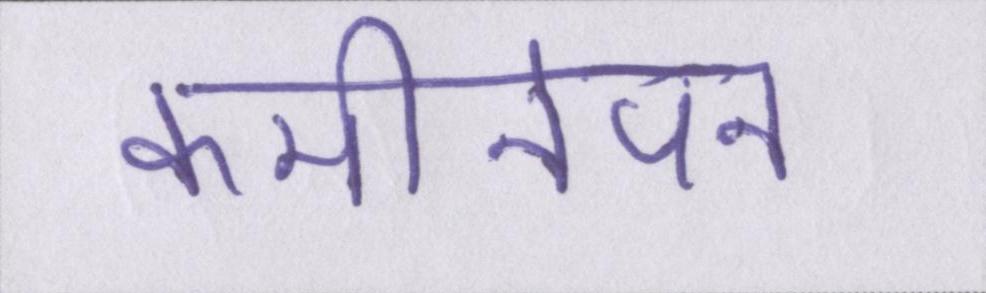
कमीनेपन